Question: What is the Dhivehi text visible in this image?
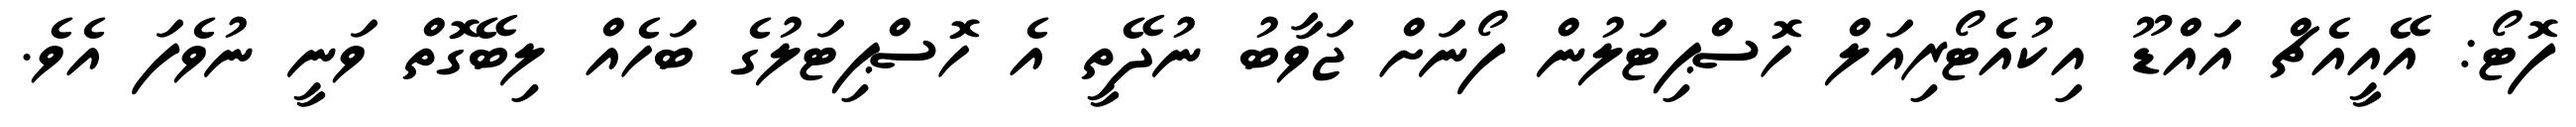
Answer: ފޮޓޯ: އޭއީއެޗް އައްޑޫ އިކުއެޓޯރިއަލް ހޮސްޕިޓަލުން ފޯނަށް ޖަވާބު ނުދޭތީ އެ ހޮސްޕިޓަލުގެ ބަހެއް ލިބޭގޮތް ވަނީ ނުވެފަ އެވެ.